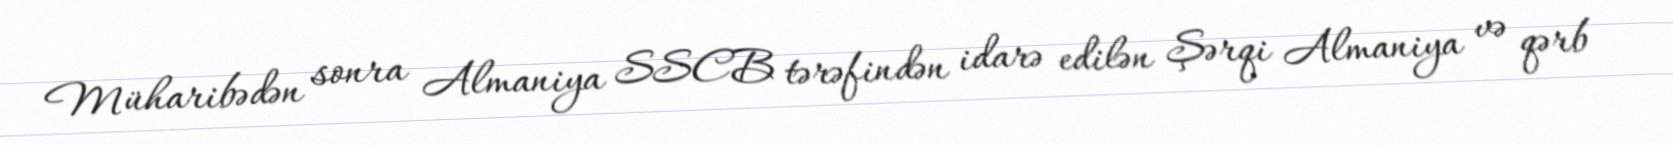
Müharibədən sonra Almaniya SSCB tərəfindən idarə edilən Şərqi Almaniya və qərb